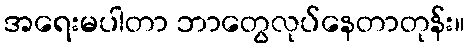
အရေးမပါတာ ဘာတွေလုပ်နေတာတုန်း။